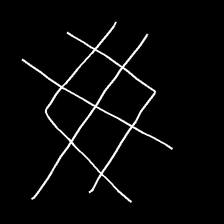
Glyph: crystal